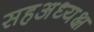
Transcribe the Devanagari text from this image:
सहअध्यक्ष